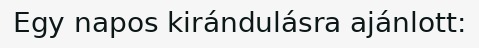
Egy napos kirándulásra ajánlott: